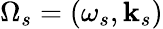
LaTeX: \Omega_{s}=(\omega_{s},\mathbf{k}_{s})